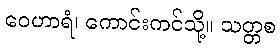
ဝေဟာရံ၊ ကောင်းကင်သို့။ သတ္တစ